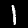
Label: 1